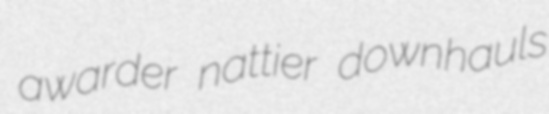
awarder nattier downhauls